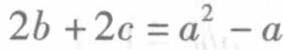
\(2b + 2c = a^{2}-a\)